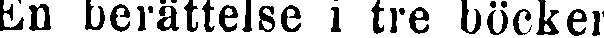
En berättelse i tre böcker